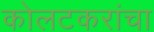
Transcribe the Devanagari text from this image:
कोलटकरांचा